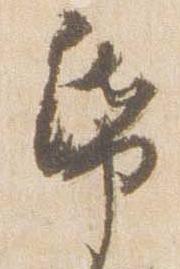
帋